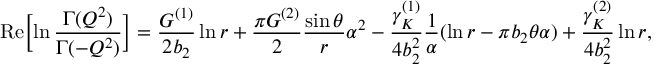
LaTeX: \mathrm { R e } \biggl [ \ln { \frac { \Gamma ( Q ^ { 2 } ) } { \Gamma ( - Q ^ { 2 } ) } } \biggr ] = { \frac { G ^ { ( 1 ) } } { 2 b _ { 2 } } } \ln r + { \frac { \pi G ^ { ( 2 ) } } { 2 } } { \frac { \sin \theta } { r } } \alpha ^ { 2 } - { \frac { \gamma _ { K } ^ { ( 1 ) } } { 4 b _ { 2 } ^ { 2 } } } { \frac { 1 } { \alpha } } ( \ln r - \pi b _ { 2 } \theta \alpha ) + { \frac { \gamma _ { K } ^ { ( 2 ) } } { 4 b _ { 2 } ^ { 2 } } } \ln r ,